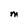
Character: M